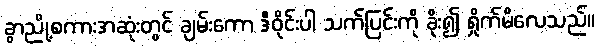
ခွာညို့စကားအဆုံးတွင် ချမ်းကော ဒီဝိုင်းပါ သက်ပြင်းကို ခိုး၍ ရှိုက်မိလေသည်။